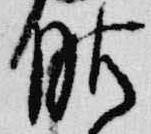
服